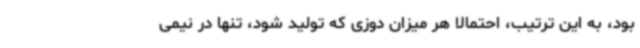
بود، به این ترتیب، احتمالا هر میزان دوزی که تولید شود، تنها در نیمی